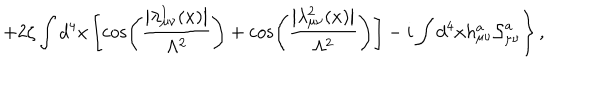
LaTeX: \left. + 2 \zeta \int d ^ { 4 } x \left[ \cos \left( \frac { \left| \lambda _ { \mu \nu } ^ { 1 } ( x ) \right| } { \Lambda ^ { 2 } } \right) + \cos \left( \frac { \left| \lambda _ { \mu \nu } ^ { 2 } ( x ) \right| } { \Lambda ^ { 2 } } \right) \right] - i \int d ^ { 4 } x h _ { \mu \nu } ^ { a } { \cal S } _ { \mu \nu } ^ { a } \right\} ,